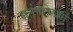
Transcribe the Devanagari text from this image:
स्‍तंभलेखमें